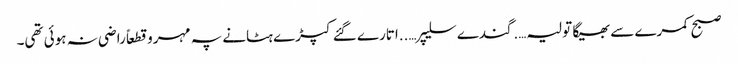
صبح کمرے سے بھیگا تولیہ….گندے سلیپر…..اتارے گئے کپڑے ہٹانے پہ مہرو قطعاً راضی نہ ہوئی تھی۔